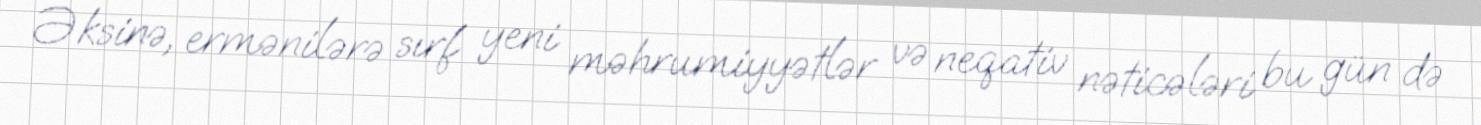
Əksinə, ermənilərə sırf yeni məhrumiyyətlər və neqativ nəticələri bu gün də